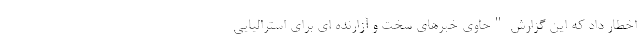
اخطار داد که این گزارش "حاوی خبرهای سخت و آزارنده ای برای استرالیایی